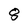
Character: 8